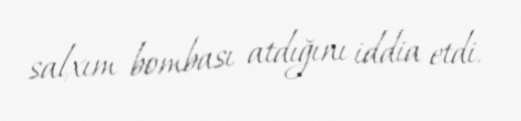
salxım bombası atdığını iddia etdi.